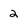
Character: 2